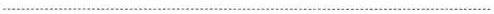
……